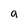
Character: a